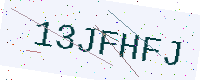
Text: 13JFHFJ